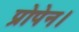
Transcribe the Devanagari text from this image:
प्रोपेन।